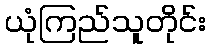
ယုံကြည်သူတိုင်း